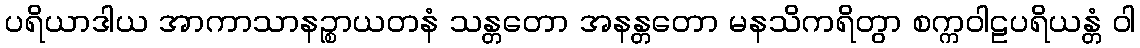
ပရိယာဒါယ အာကာသာနဉ္စာယတနံ သန္တတော အနန္တတော မနသိကရိတွာ စက္ကဝါဠပရိယန္တံ ဝါ